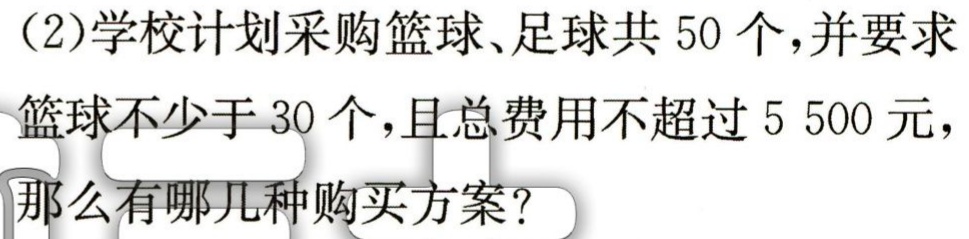
(2)学校计划采购篮球、足球共50个,并要求

篮球不少于30个,且总费用不超过5 500元,

那么有哪几种购买方案?